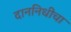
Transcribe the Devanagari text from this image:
दाननिधीचा